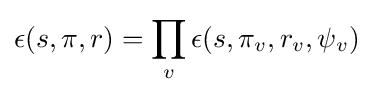
\epsilon (s,\pi ,r)=\prod _{v}\epsilon (s,\pi _{v},r_{v},\psi _{v})